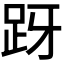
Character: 𬦤